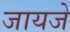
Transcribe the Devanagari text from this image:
जायजे